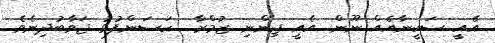
އެއީ ސަކީނާއެއް ނޫން. އެއީ ޖިންނި ޒުމްރާ  ހަސަންފުޅު ޖަވާބުދިނެވެ.